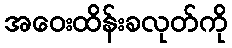
အဝေးထိန်းခလုတ်ကို